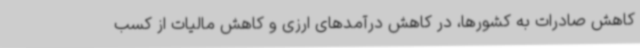
کاهش صادرات به کشورها، در کاهش درآمدهای ارزی و کاهش مالیات از کسب